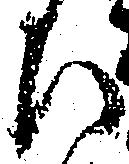
ひ